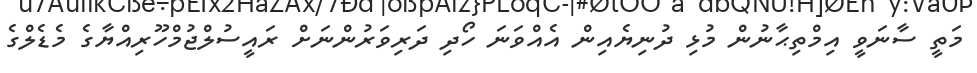
މަތީ ސާނަވީ އިމްތިޙާނުން މުޅި ދުނިޔެއިން އެއްވަނަ ހޯދި ދަރިވަރުންނަށް ރައީސުލްޖުމްހޫރިއްޔާގެ މެޑެލްގެ